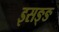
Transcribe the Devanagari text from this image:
इसङ्ङ